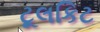
ટૂલકિટ